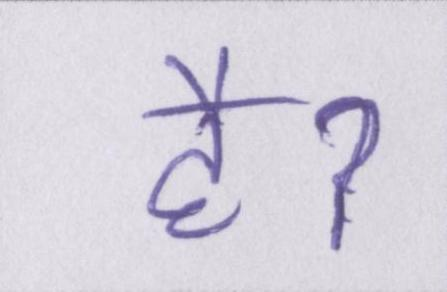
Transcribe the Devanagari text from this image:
हैॽ